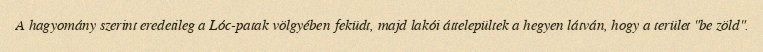
A hagyomány szerint eredetileg a Lóc-patak völgyében feküdt, majd lakói áttelepültek a hegyen látván, hogy a terület "be zöld".